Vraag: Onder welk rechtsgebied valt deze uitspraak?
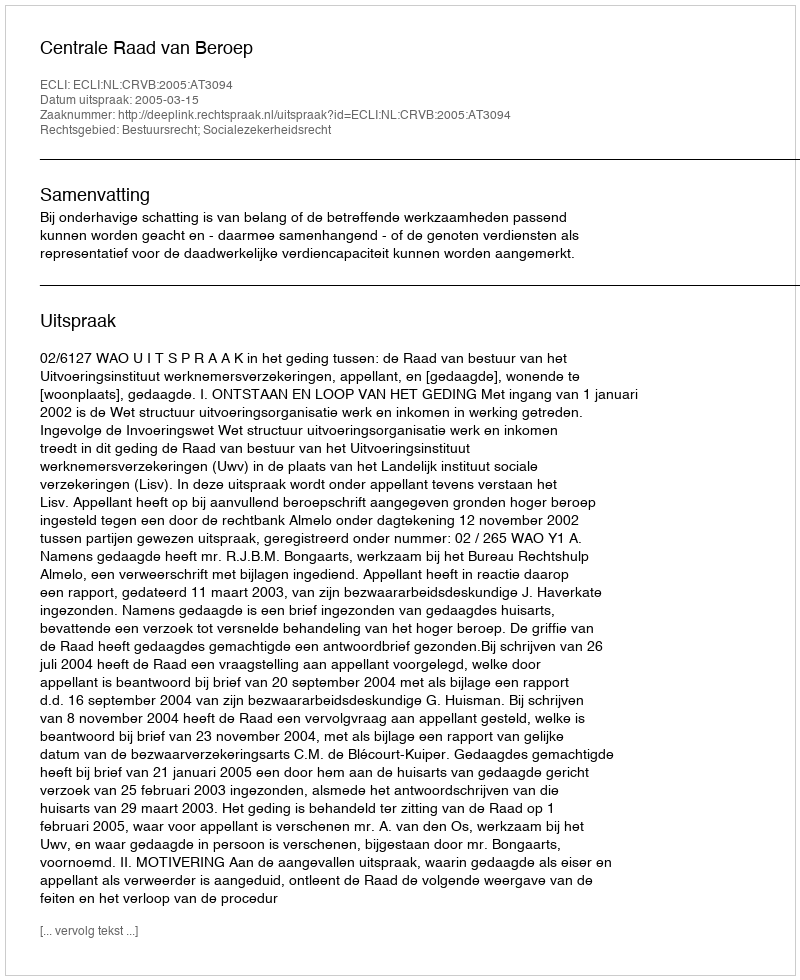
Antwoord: Bestuursrecht; Socialezekerheidsrecht